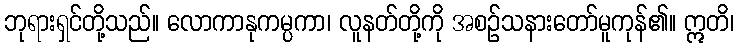
ဘုရားရှင်တို့သည်။ လောကာနုကမ္ပကာ၊ လူနတ်တို့ကို အစဉ်သနားတော်မူကုန်၏။ ဣတိ၊